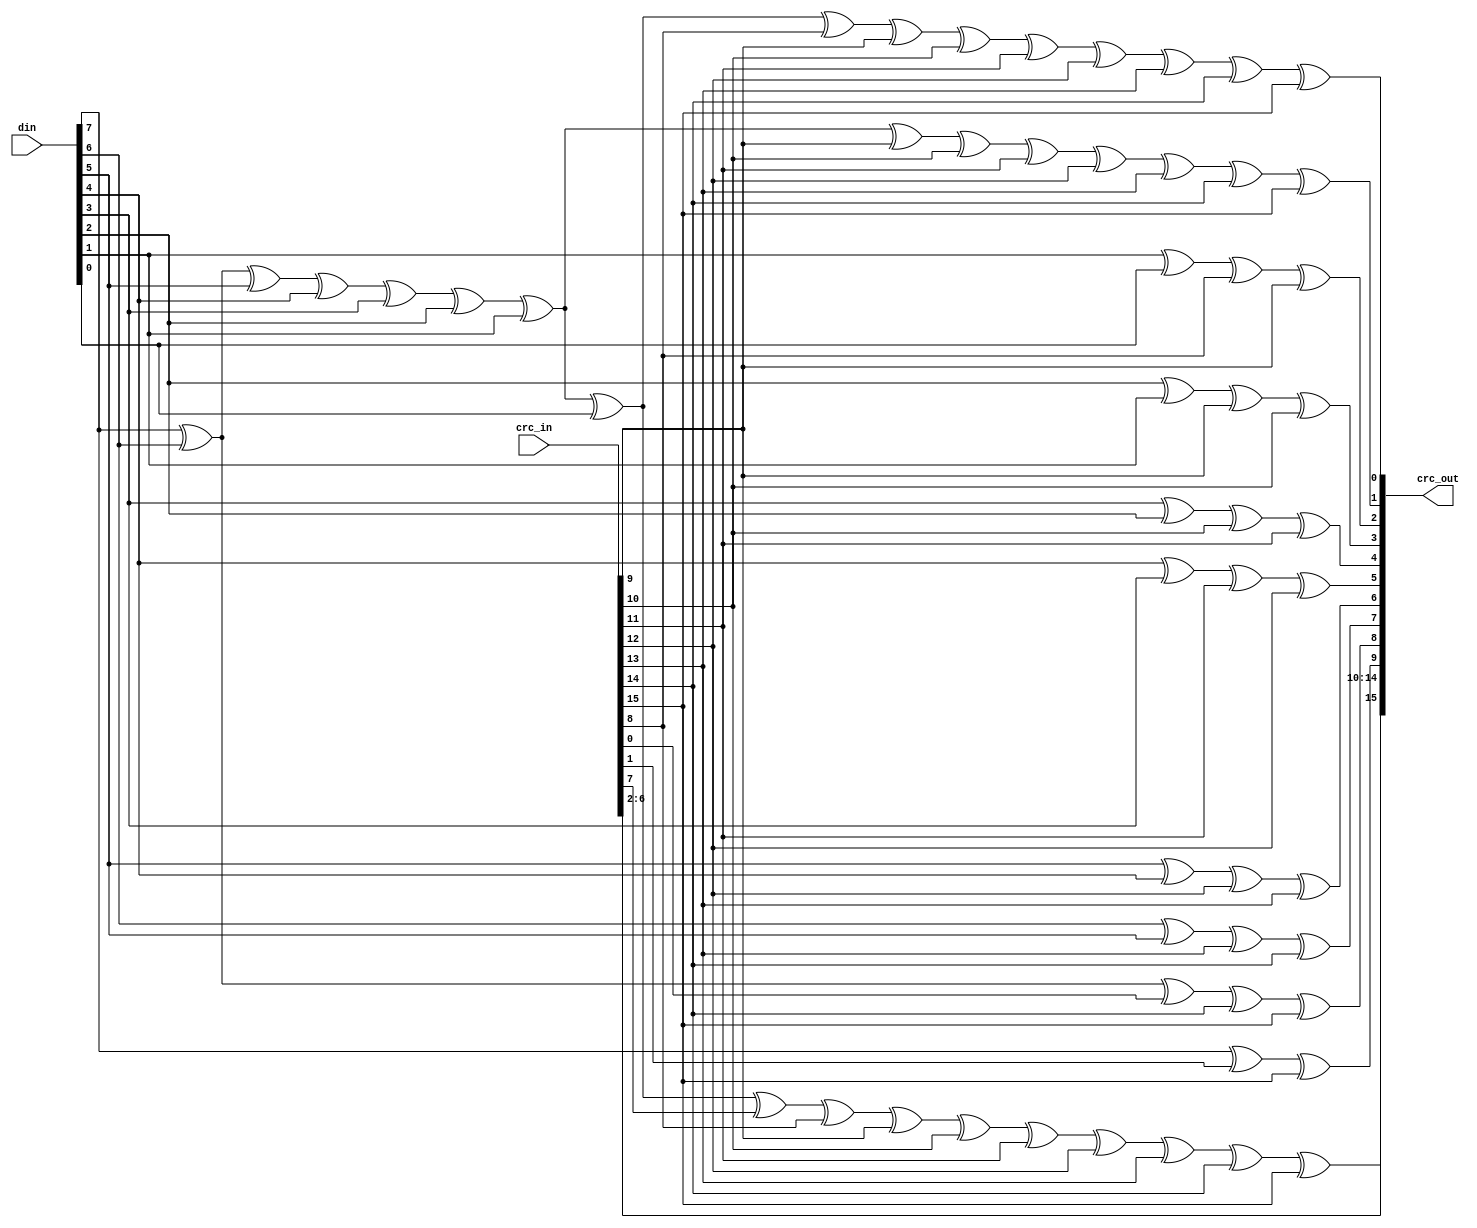
module usbf_crc16(crc_in, din, crc_out);
input	[15:0]	crc_in;
input	[7:0]	din;
output	[15:0]	crc_out;

assign crc_out[0] =	din[7] ^ din[6] ^ din[5] ^ din[4] ^ din[3] ^
			din[2] ^ din[1] ^ din[0] ^ crc_in[8] ^ crc_in[9] ^
			crc_in[10] ^ crc_in[11] ^ crc_in[12] ^ crc_in[13] ^
			crc_in[14] ^ crc_in[15];
assign crc_out[1] =	din[7] ^ din[6] ^ din[5] ^ din[4] ^ din[3] ^ din[2] ^
			din[1] ^ crc_in[9] ^ crc_in[10] ^ crc_in[11] ^
			crc_in[12] ^ crc_in[13] ^ crc_in[14] ^ crc_in[15];
assign crc_out[2] =	din[1] ^ din[0] ^ crc_in[8] ^ crc_in[9];
assign crc_out[3] =	din[2] ^ din[1] ^ crc_in[9] ^ crc_in[10];
assign crc_out[4] =	din[3] ^ din[2] ^ crc_in[10] ^ crc_in[11];
assign crc_out[5] =	din[4] ^ din[3] ^ crc_in[11] ^ crc_in[12];
assign crc_out[6] =	din[5] ^ din[4] ^ crc_in[12] ^ crc_in[13];
assign crc_out[7] =	din[6] ^ din[5] ^ crc_in[13] ^ crc_in[14];
assign crc_out[8] =	din[7] ^ din[6] ^ crc_in[0] ^ crc_in[14] ^ crc_in[15];
assign crc_out[9] =	din[7] ^ crc_in[1] ^ crc_in[15];
assign crc_out[10] =	crc_in[2];
assign crc_out[11] =	crc_in[3];
assign crc_out[12] =	crc_in[4];
assign crc_out[13] =	crc_in[5];
assign crc_out[14] =	crc_in[6];
assign crc_out[15] =	din[7] ^ din[6] ^ din[5] ^ din[4] ^ din[3] ^ din[2] ^
			din[1] ^ din[0] ^ crc_in[7] ^ crc_in[8] ^ crc_in[9] ^
			crc_in[10] ^ crc_in[11] ^ crc_in[12] ^ crc_in[13] ^
			crc_in[14] ^ crc_in[15];

endmodule